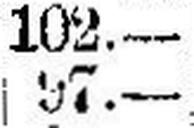
97.—